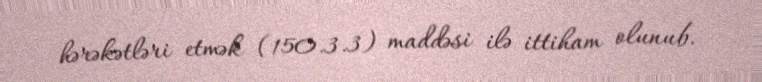
hərəkətləri etmək (150.3.3) maddəsi ilə ittiham olunub.